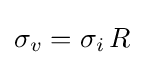
\sigma _{v}=\sigma _{i}\,R